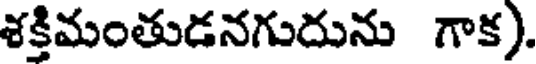
శక్తిమంతుడనగుదును గాక).